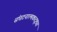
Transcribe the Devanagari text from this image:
संघटनात्मकदृष्ट्या